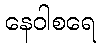
နေဝါစရေ